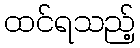
ထင်ရသည့်